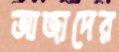
আজাদের